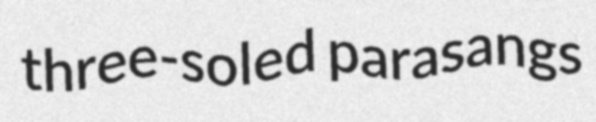
three-soled parasangs